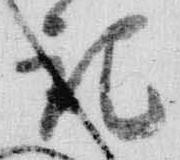
記